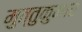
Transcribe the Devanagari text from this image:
मुत्तुकुमार